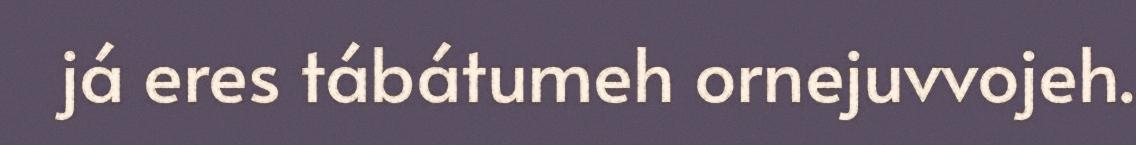
já eres tábátumeh ornejuvvojeh.